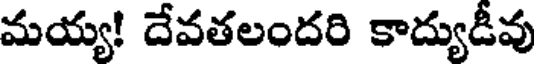
మయ్య! దేవతలందరి కాద్యుడీవు